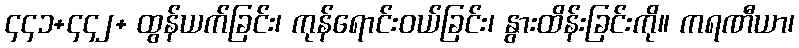
၄၄၁+၄၄၂+ ထွန်ယက်ခြင်း၊ ကုန်ရောင်းဝယ်ခြင်း၊ နွားထိန်းခြင်းကို။ ကရဏီယာ၊